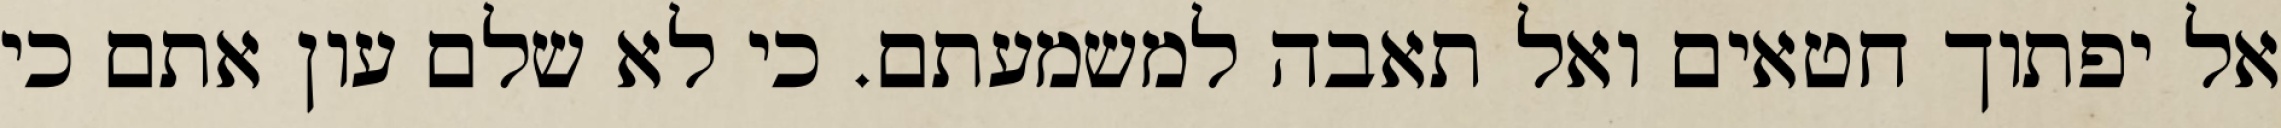
אל יפתוך חטאים ואל תאבה למשמעתם. כי לא שלם עון אתם כי